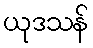
ယုဒသန်